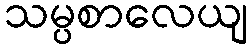
သမ္ပစာလေယျ